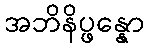
အဘိနိပ္ဖန္နော